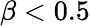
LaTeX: \beta<0.5